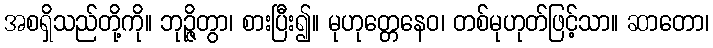
အစရှိသည်တို့ကို။ ဘုဉ္ဇိတွာ၊ စားပြီး၍။ မုဟုတ္တေနေဝ၊ တစ်မုဟုတ်ဖြင့်သာ။ ဆာတော၊